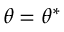
\theta = \theta ^ { * }